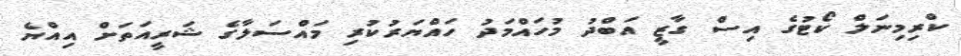
ކްރިމިނަލް ކޯޓުގެ އިސް ގާޒީ އަބްދު މުހައްމަދު ހައްޔަރުކުރި މައްސަލާގެ ޝަރީއަތަށް އިއްޔެ